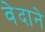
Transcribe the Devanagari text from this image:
वेदाने